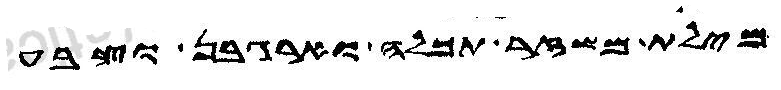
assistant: מילת משזר תכלה וארגבן וצבע